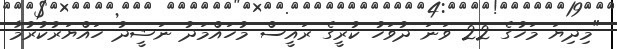
"މިދިޔަ މަހުގެ 22 ވަނަ ދުވަހު ކުރީގެ ރައީސް މުހައްމަދު ނަޝީދު ހައްޔަރުކުރުމާ